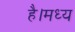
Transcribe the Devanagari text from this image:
है।मध्य